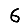
Digit: 6